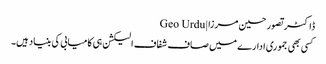
ڈاکٹر تصور حسین مرزا | Geo Urdu
کسی بھی جموری ادارے میں صاف شفاف الیکشن ہی کامیابی کی بنیاد ہیں۔